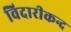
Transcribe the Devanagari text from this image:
विदारीकन्द